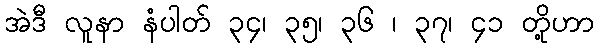
အဲဒီ လူနာ နံပါတ် ၃၄၊ ၃၅၊ ၃၆ ၊ ၃၇၊ ၄၁ တို့ဟာ